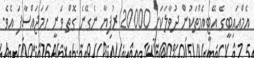
އެމްއައިބީގެ އޭޓީއެމްތަކުން ދުވާލަކަށް 20000 ރުފިޔާ ނެގޭނެ ގޮތް ވަނީ ހަމަޖައްސާފަ އެވެ.